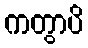
ကတွာပိ